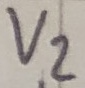
Text: V2